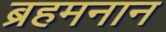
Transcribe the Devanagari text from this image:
ब्रहमनान